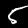
Digit: 5